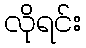
လိုရင်း